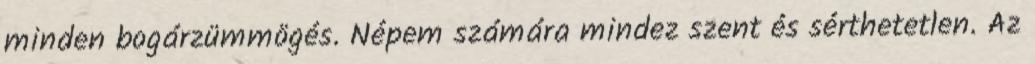
minden bogárzümmögés. Népem számára mindez szent és sérthetetlen. Az